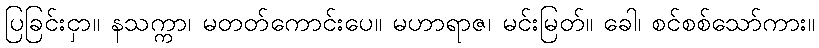
ပြခြင်းငှာ။ နသက္ကာ၊ မတတ်ကောင်းပေ။ မဟာရာဇ၊ မင်းမြတ်။ ခေါ၊ စင်စစ်သော်ကား။